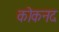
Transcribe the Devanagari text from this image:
कोकनद